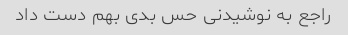
راجع به نوشیدنی حس بدی بهم دست داد